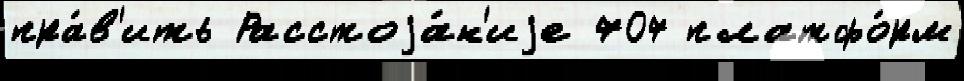
пра́в'ить Расстоjа́н'иjе 707 платфо́рм